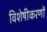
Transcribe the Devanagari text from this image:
विशेषीकरणों